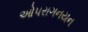
ઓપરાગનયન